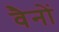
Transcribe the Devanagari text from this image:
वैनों